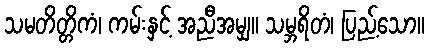
သမတိတ္တိကံ၊ ကမ်းနှင့် အညီအမျှ။ သမ္ဘရိတံ၊ ပြည့်သော။